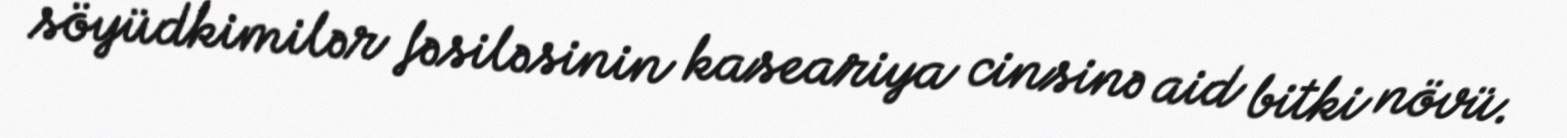
söyüdkimilər fəsiləsinin kaseariya cinsinə aid bitki növü.